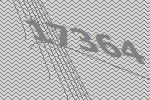
17364